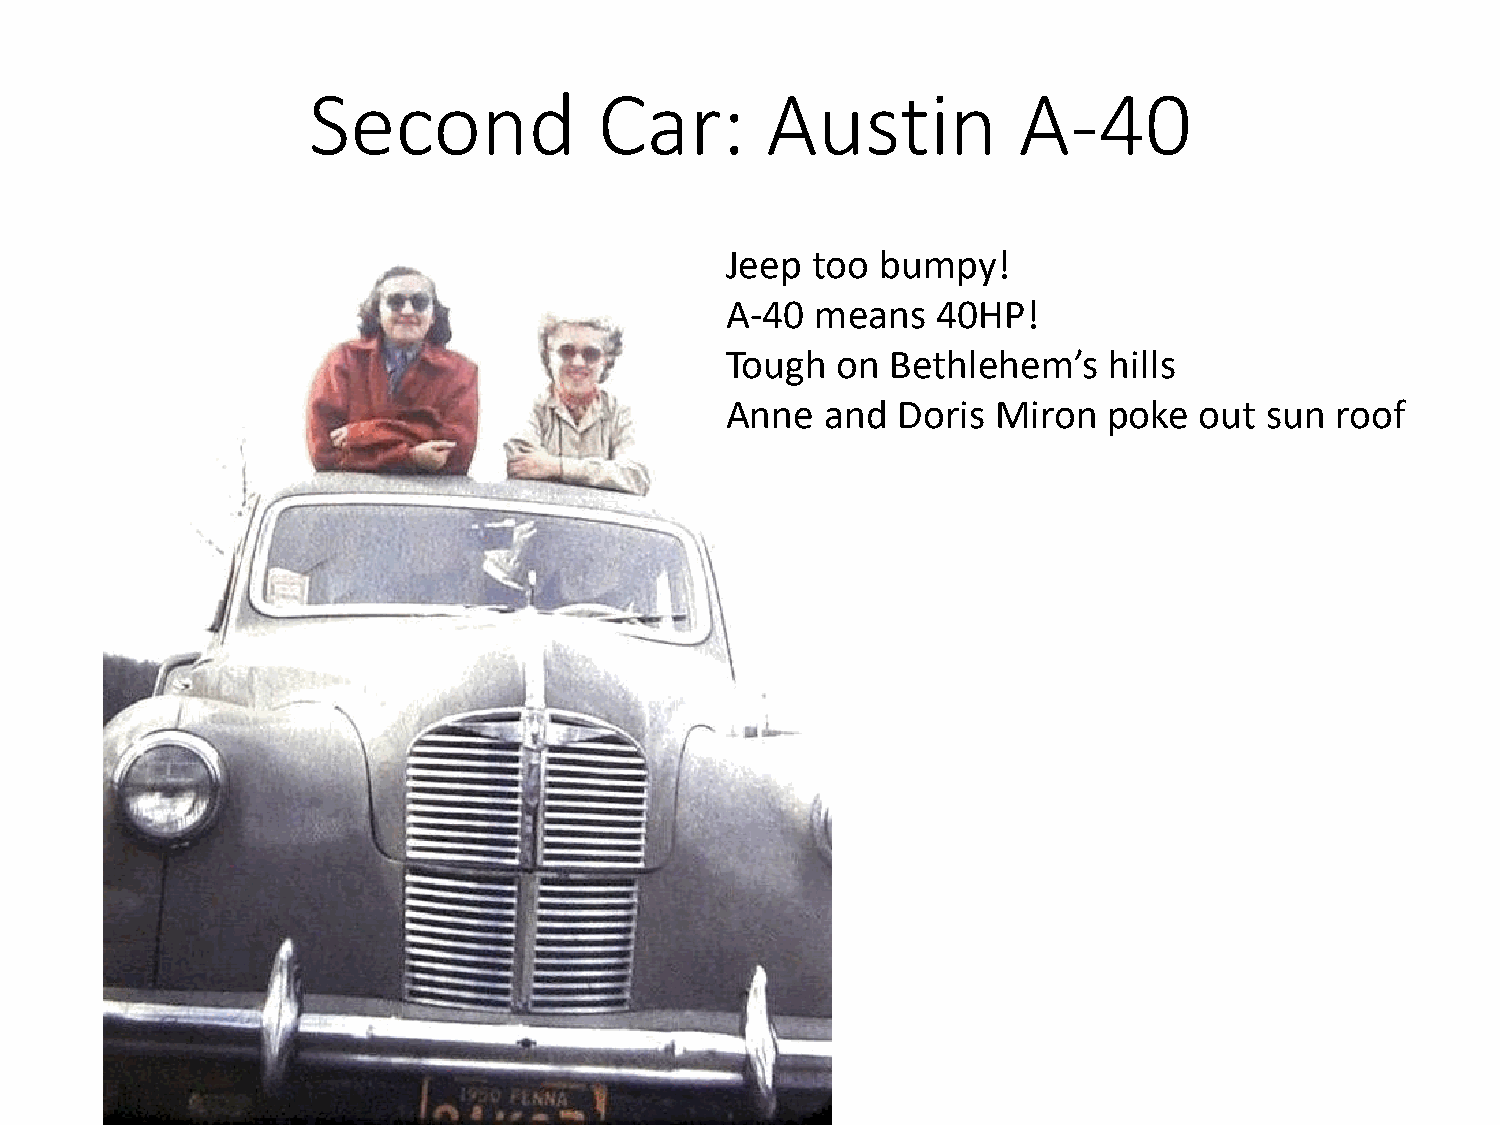
Second              Car:       Austin          A-40
 Jeep  too bumpy!
 A-40  means   40HP!
 Tough  on  Bethlehem’s   hills
 Anne   and Doris  Miron  poke  out  sun roof